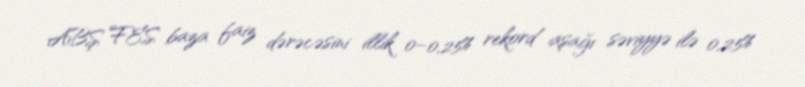
ABŞ FES baza faiz dərəcəsini illik 0–0,25% rekord aşağı səviyyə ilə 0,25%